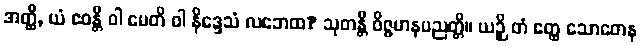
အတ္ထိ, ယံ ဧဝန္တိ ဝါ မေတိ ဝါ နိဒ္ဒေသံ လဘေထ? သုတန္တိ ဝိဇ္ဇမာနပညတ္တိ။ ယဉှိ တံ ဧတ္ထ သောတေန